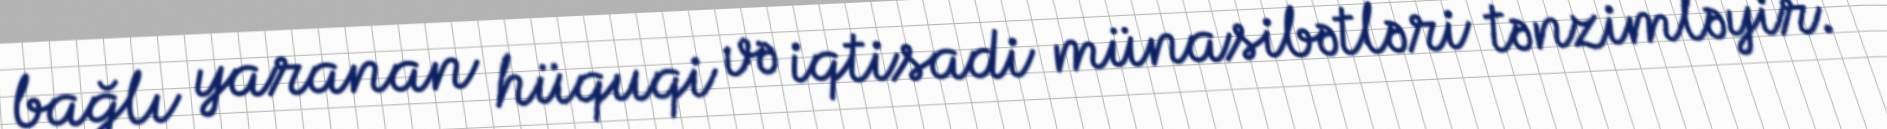
bağlı yaranan hüquqi və iqtisadi münasibətləri tənzimləyir.